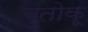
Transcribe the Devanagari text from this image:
बुतोकू